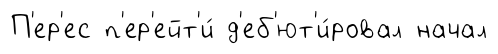
П'ер'ес п'ер'ейт'и́ д'еб'ют'и́ровал начал